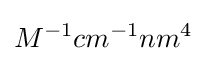
M^{-1}cm^{-1}nm^{4}